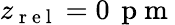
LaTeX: z_{\mathrm{~r~e~l~}}=0\, \mathrm{~p~m~}